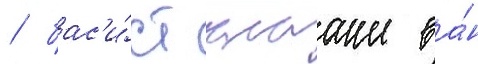
/ бас'и́ст клааше ва́н